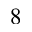
8